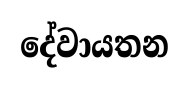
දේවායතන